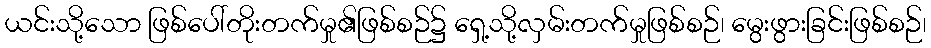
ယင်းသို့သော ဖြစ်ပေါ်တိုးတက်မှု၏ဖြစ်စဉ်၌ ရှေ့သို့လှမ်းတက်မှုဖြစ်စဉ်၊ မွေးဖွားခြင်းဖြစ်စဉ်၊